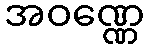
အဝဏ္ဏေ